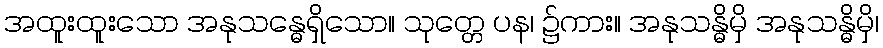
အထူးထူးသော အနုသန္ဓေရှိသော။ သုတ္တေ ပန၊ ၌ကား။ အနုသန္ဓိမှိ အနုသန္ဓိမှိ၊